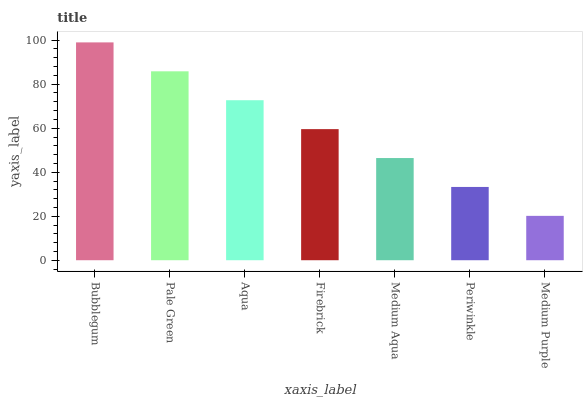
| xaxis_label | bars |
 | --- | --- |
 | Bubblegum | 99 |
 | Pale Green | 85.9 |
 | Aqua | 72.7 |
 | Firebrick | 59.6 |
 | Medium Aqua | 46.4 |
 | Periwinkle | 33.3 |
 | Medium Purple | 20.2 |